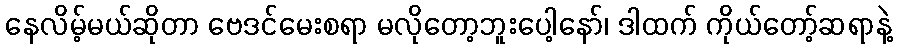
နေလိမ့်မယ်ဆိုတာ ဗေဒင်မေးစရာ မလိုတော့ဘူးပေါ့နော်၊ ဒါထက် ကိုယ်တော့်ဆရာနဲ့